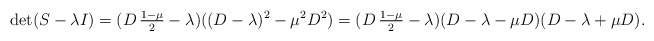
\begin{align*}\det(S - \lambda I) = (D \, \tfrac{1 - \mu}{2} - \lambda) ((D - \lambda)^{2} - \mu^{2} D^{2})= (D \, \tfrac{1 - \mu}{2} - \lambda) (D - \lambda - \mu D) (D - \lambda + \mu D). \end{align*}